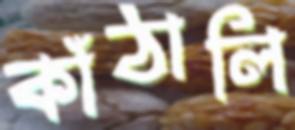
কাঁঠালি